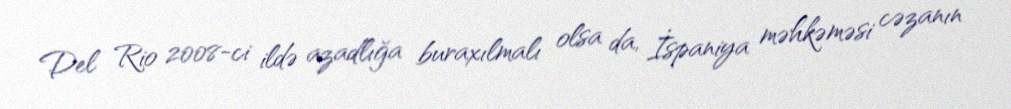
Del Rio 2008-ci ildə azadlığa buraxılmalı olsa da, İspaniya məhkəməsi cəzanın